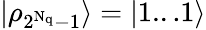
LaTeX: |\rho_{2^{\mathrm{N_{q}}}-1}\rangle=|1...1\rangle